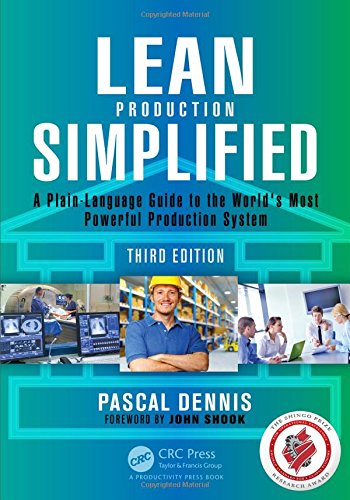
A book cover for Lean Production Simplified, Third Edition: A Plain-Language Guide to the World's Most Powerful Production System; Pascal Dennis; Business & Money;